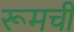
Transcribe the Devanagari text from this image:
रूमची